Scientific memoirs by medical officers of the Army of India - Part III,
Year: 1887
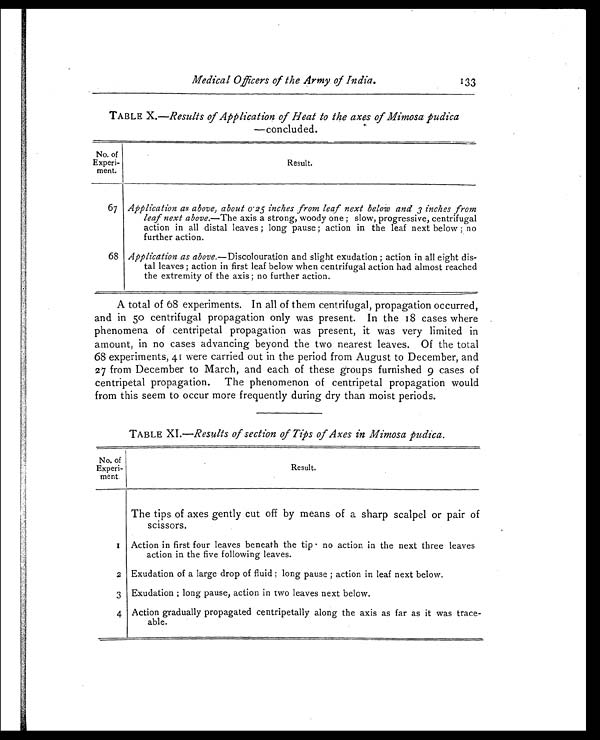
Medical Officers of the Army of India.
133
TABLE X.—Results of Application of Heat to the axes of Mimosa pudica
—concluded.
No. of
Experi-
ment.
Result.
67 Application as above, about 0.25 inches from leaf next below and 3 inches from
leaf next above. —The axis a strong, woody one ; slow, progressive, centrifugal
action in all distal leaves ; long pause ; action in the leaf next below ; no
further action.
68 Application as above. —Discolouration and slight exudation ; action in all eight dis-
tal leaves ; action in first leaf below when centrifugal action had almost reached
the extremity of the axis ; no further action.
A total of 68 experiments. In all of them centrifugal, propagation occurred,
and in 50 centrifugal propagation only was present. In the 18 cases where
phenomena of centripetal propagation was present, it was very limited in
amount, in no cases advancing beyond the two nearest leaves. Of the total
68 experiments, 41 were carried out in the period from August to December, and
27 from December to March, and each of these groups furnished 9 cases of
centripetal propagation. The phenomenon of centripetal propagation would
from this seem to occur more frequently during dry than moist periods.
TABLE XI.—Results of section of Tips of Axes in Mimosa pudica.
No. of
Experi-
ment
Result.
The tips of axes gently cut off by means of a sharp scalpel or pair of
scissors.
1 Action in first four leaves beneath the tip no action in the next three leaves
action in the five following leaves.
2 Exudation of a large drop of fluid ; long pause ; action in leaf next below.
3 Exudation ; long pause, action in two leaves next below.
4 Action gradually propagated centripetally along the axis as far as it was trace-
able.